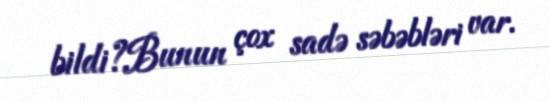
bildi?Bunun çox sadə səbəbləri var.